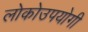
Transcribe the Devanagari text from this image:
लोकोउपयोगी